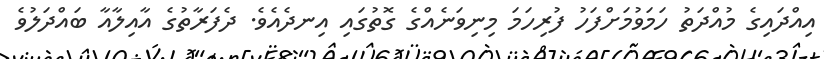
އިއްދައިގެ މުއްދަތު ހަމަވުމަށްފަހު ފުރިހަމަ މިނިވަނެއްގެ ގޮތުގައި އިނދެއެވެ. ދެފަރާތުގެ އާއިލާއާ ބައްދަލުވެ